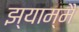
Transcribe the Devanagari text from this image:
झ्याम्मै